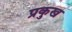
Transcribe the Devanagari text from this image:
प्रकुख